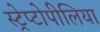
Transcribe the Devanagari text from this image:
स्ट्रेप्टोपीलिया